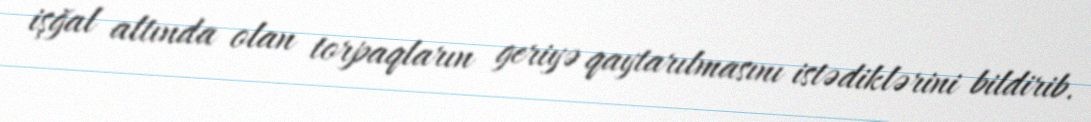
işğal altında olan torpaqların geriyə qaytarılmasını istədiklərini bildirib.